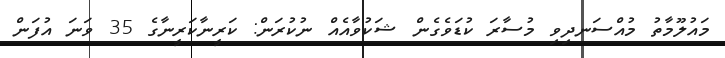
މައުލޫމާތު މުއްސަނދިވި މުސާރަ ކުޑަވެގެން ޝަކުވާއެއް ނުކުރަން: ކަރީނާކަރީނާގެ 35 ވަނަ އުފަން